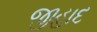
જીહાદ